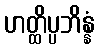
ဟတ္ထိပ္ပဘိန္နံ